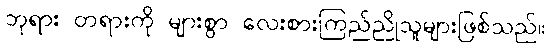
ဘုရား တရားကို များစွာ လေးစားကြည်ညိုသူများဖြစ်သည်။